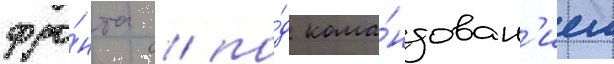
фро́нта / по́д кома́ндован'ием